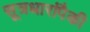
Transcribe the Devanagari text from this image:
सूत्रधारांपैकी